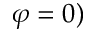
\varphi = 0 )